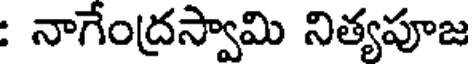
: నాగేంద్రస్వామి నిత్యపూజ